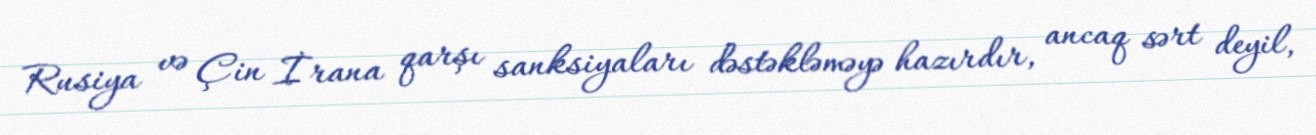
Rusiya və Çin İrana qarşı sanksiyaları dəstəkləməyə hazırdır, ancaq sərt deyil,